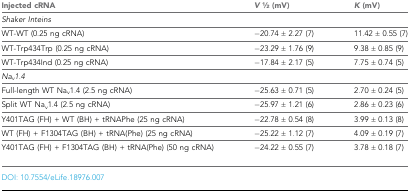
<table><thead><tr><td><b>Injected cRNA</b></td><td><b><i>V</i> 1⁄2 (mV)</b></td><td><b><i>K</i> (mV)</b></td></tr></thead><tbody><tr><td>Shaker Inteins</td><td></td><td></td></tr><tr><td>WT-WT (0.25 ng cRNA)</td><td>−20.74 ± 2.27 (7)</td><td>11.42 ± 0.55 (7)</td></tr><tr><td>WT-Trp434Trp (0.25 ng cRNA)</td><td>−23.29 ± 1.76 (9)</td><td>9.38 ± 0.85 (9)</td></tr><tr><td>WT-Trp434Ind (0.25 ng cRNA)</td><td>−17.84 ± 2.17 (5)</td><td>7.75 ± 0.74 (5)</td></tr><tr><td><i>Na<sub>v</sub>1.4</i></td><td></td><td></td></tr><tr><td>Full-length WT Na<sub>v</sub>1.4 (2.5 ng cRNA)</td><td>−25.63 ± 0.71 (5)</td><td>2.70 ± 0.24 (5)</td></tr><tr><td>Split WT Na<sub>v</sub>1.4 (2.5 ng cRNA)</td><td>−25.97 ± 1.21 (6)</td><td>2.86 ± 0.23 (6)</td></tr><tr><td>Y401TAG (FH) + WT (BH) + tRNAPhe (25 ng cRNA)</td><td>−22.78 ± 0.54 (8)</td><td>3.99 ± 0.13 (8)</td></tr><tr><td>WT (FH) + F1304TAG (BH) + tRNA(Phe) (25 ng cRNA)</td><td>−25.22 ± 1.12 (7)</td><td>4.09 ± 0.19 (7)</td></tr><tr><td>Y401TAG (FH) + F1304TAG (BH) + tRNA(Phe) (50 ng cRNA)</td><td>−24.22 ± 0.55 (7)</td><td>3.78 ± 0.18 (7)</td></tr></tbody></table>